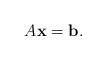
LaTeX: \begin{align*}A{\bf x}={\bf b}. \end{align*}